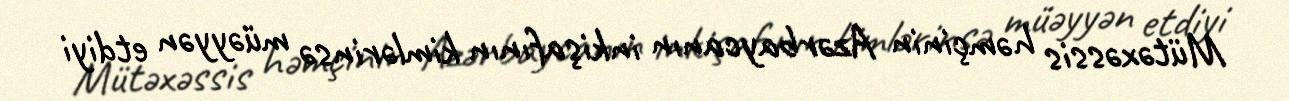
Mütəxəssis həmçinin Azərbaycanın inkişafının kimlərinsə müəyyən etdiyi